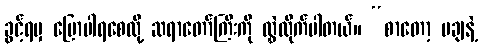
ခွင့်ရမှ ပြောပါရစေလို့ ဆရာတော်ကြီးကို လွှဲလိုက်ပါတယ်။ “စာတော့ မချနဲ့